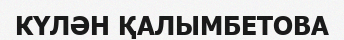
КҮЛӘН ҚАЛЫМБЕТОВА